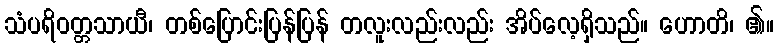
သံပရိဝတ္တသာယီ၊ တစ်ပြောင်းပြန်ပြန် တလူးလည်းလည်း အိပ်လေ့ရှိသည်။ ဟောတိ၊ ၏။